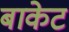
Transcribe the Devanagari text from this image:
बाकेट